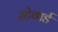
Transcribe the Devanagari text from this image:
स्टेवार्ड